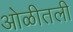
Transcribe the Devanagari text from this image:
ओळीतली